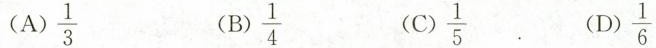
（A）\frac{1}{3} （B）\frac{1}{4} （C）\frac{1}{5} （D）\frac{1}{6}